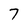
Character: 7